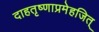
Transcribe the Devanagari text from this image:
दाहतृष्णाप्रमेहजित्‌